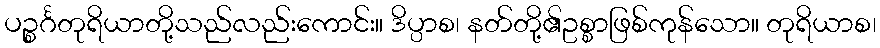
ပဉ္စင်္ဂတုရိယာတို့သည်လည်းကောင်း။ ဒိပ္ပာစ၊ နတ်တို့၏ဥစ္စာဖြစ်ကုန်သော။ တုရိယာစ၊